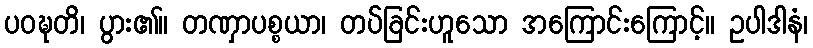
ပဝဍ္ဎတိ၊ ပွား၏။ တဏှာပစ္စယာ၊ တပ်ခြင်းဟူသော အကြောင်းကြောင့်။ ဥပါဒါနံ၊